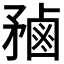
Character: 𪉝